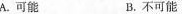
A.可能 B.不可能